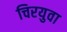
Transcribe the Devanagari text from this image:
चिरयुवा